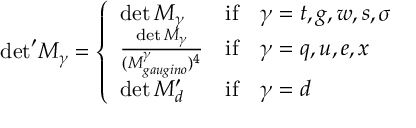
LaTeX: { \operatorname * { d e t } } ^ { \prime } M _ { \gamma } = \left\{ \begin{array} { l l l } { { \operatorname * { d e t } M _ { \gamma } \hfill } } & { { \mathrm { i f } } } & { { \gamma = t , g , w , s , \sigma \hfill } } \\ { { \frac { \operatorname * { d e t } M _ { \gamma } } { { ( M _ { g a u g i n o } ^ { \gamma } ) ^ { 4 } } \hfill } } } & { { \mathrm { i f } } } & { { \gamma = q , u , e , x \hfill } } \\ { { \operatorname * { d e t } M _ { d } ^ { \prime } } } & { { \mathrm { i f } } } & { { \gamma = d } } \end{array} \right.